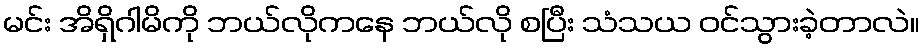
မင်း အိရှိဂါမိကို ဘယ်လိုကနေ ဘယ်လို စပြီး သံသယ ဝင်သွားခဲ့တာလဲ။